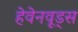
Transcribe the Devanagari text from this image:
हेवेनवूड्स